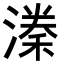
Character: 𭲈